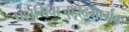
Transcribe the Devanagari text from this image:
पशुमिवाजुहोद्भार्गवः